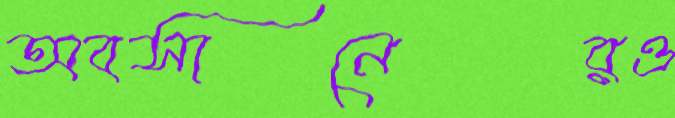
অবসানেরও